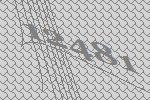
12481